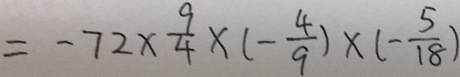
= - 7 2 \times \frac { 9 } { 4 } \times ( - \frac { 4 } { 9 } ) \times ( - \frac { 5 } { 1 8 } )